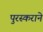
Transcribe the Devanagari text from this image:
पुरस्कराने